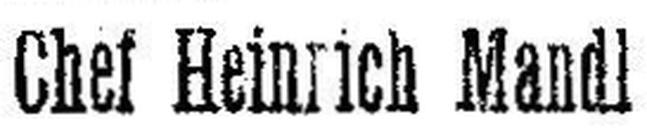
Chef Heinrich Mandl